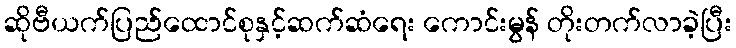
ဆိုဗီယက်ပြည်ထောင်စုနှင့်ဆက်ဆံရေး ကောင်းမွန် တိုးတက်လာခဲ့ပြီး